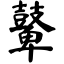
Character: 鼙